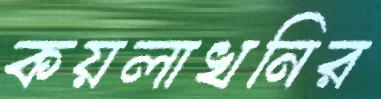
কয়লাখনির